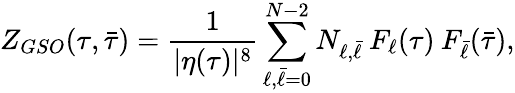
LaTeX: Z_{GSO}(\tau,\bar{\tau})=\frac{1}{|\eta(\tau)|^{8}}\sum_{\ell,\bar{\ell}=0}^{N-2}N_{\ell,\bar{\ell}}\: F_{\ell}(\tau)\: F_{\bar{\ell}}(\bar{\tau}),